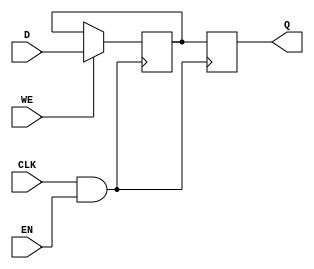
module conditional_clock_gating (
    input wire CLK,        // Primary clock signal
    input wire EN,         // Enable signal for clock gating
    input wire [7:0] D,    // Data input for memory block
    input wire WE,         // Write enable signal
    output reg [7:0] Q     // Data output from memory block
);

    // Gated clock signal
    wire GCLK;

    // Clock gating logic
    assign GCLK = CLK & EN; // Gated clock is CLK when EN is high, otherwise low

    // Memory block (simple register for demonstration)
    reg [7:0] memory; // 8-bit memory storage

    always @(posedge GCLK) begin
        if (WE) begin
            memory <= D; // Write data to memory on GCLK
        end
    end

    always @(posedge GCLK) begin
        Q <= memory; // Read data from memory on GCLK
    end

endmodule